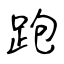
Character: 跑